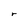
Character: r